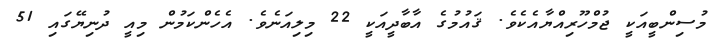
މުސިންބީއަކީ ޖުމްހޫރިއްޔާއެކެވެ. ޤައުމުގެ އާބާދީއަކީ 22 މިލިއަނެވެ. އެހެންކަމުން މިއީ ދުނިޔޭގައި 51